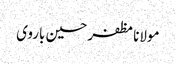
مولانا مظفر حسین باروی